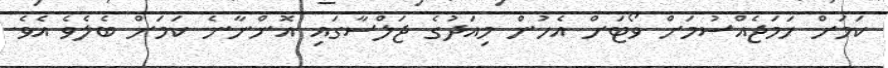
ކަމަށް ހަމަޖެއްސުމަށް ވޯޓަށް އެހުން މިއަދުގެ ޖަލްސާގައި އޮންނާނެ ކަމަށް ބެލެވެ އެވެ.